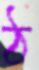
ঠ